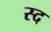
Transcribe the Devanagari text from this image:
स्द